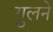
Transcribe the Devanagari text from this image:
गुलने